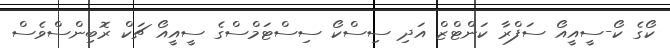
ކޯގެ ކޯ-ސީއީއޯ ސަފްރާ ކަންޓްޒް އަދި ސިސްކޯ ސިސްޓަމްސްގެ ސީއީއޯ ޗަކް ރޮބިންސްވެސް